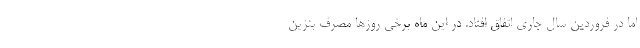
اما در فروردین سال جاری اتفاق افتاد. در این ماه برخی روزها مصرف بنزین